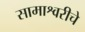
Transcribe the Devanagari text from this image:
सामाश्वरीचे